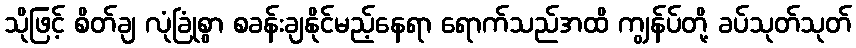
သိုဖြင့် စိတ်ချ လုံခြုံစွာ စခန်းချနိုင်မည့်နေရာ ရောက်သည်အထိ ကျွန်ပ်တို့ ခပ်သုတ်သုတ်